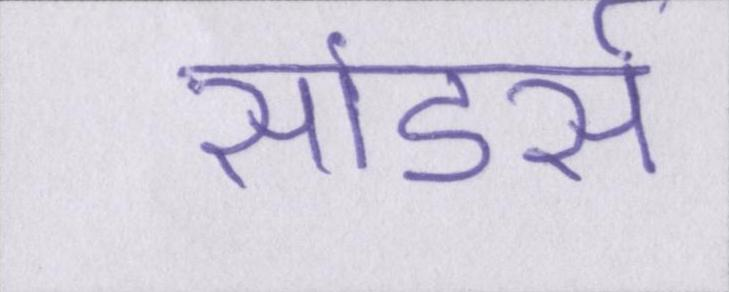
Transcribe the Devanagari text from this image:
सांडर्स